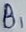
Text: B1